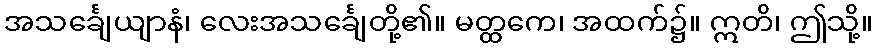
အသင်္ချေယျာနံ၊ လေးအသင်္ချေတို့၏။ မတ္ထကေ၊ အထက်၌။ ဣတိ၊ ဤသို့။